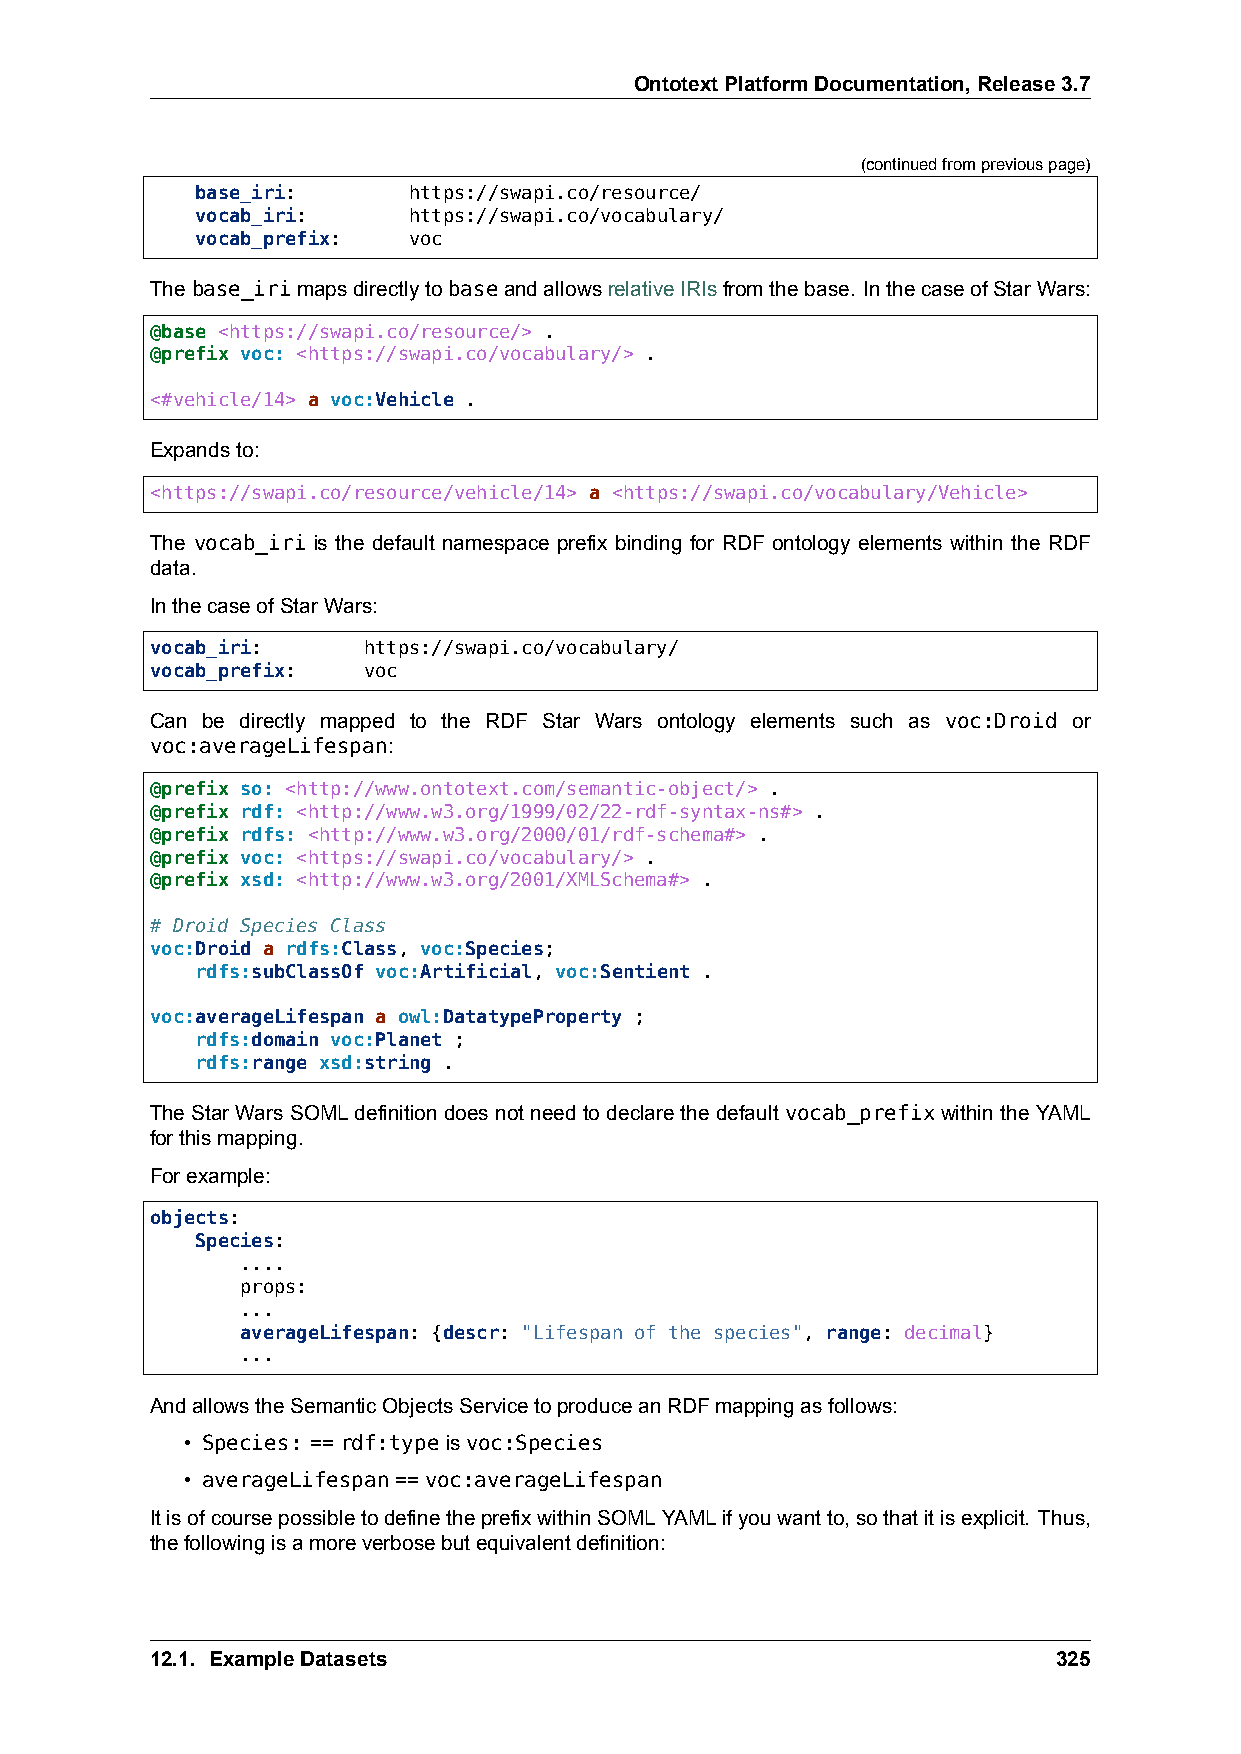
OntotextPlatformDocumentation,Release3.7
 (continuedfrompreviouspage)
 base_iri:     https://swapi.co/resource/
 vocab_iri:    https://swapi.co/vocabulary/
 vocab_prefix: voc
 Thebase_irimapsdirectlytobaseandallowsrelativeIRIsfromthebase. InthecaseofStarWars:
 @base <https://swapi.co/resource/> .
 @prefix voc: <https://swapi.co/vocabulary/> .
 <#vehicle/14> a voc:Vehicle .
 Expandsto:
 <https://swapi.co/resource/vehicle/14> a <https://swapi.co/vocabulary/Vehicle>
 The vocab_iri is the default namespace prefix binding for RDF ontology elements within the RDF
 data.
 InthecaseofStarWars:
 vocab_iri:    https://swapi.co/vocabulary/
 vocab_prefix: voc
 Can be directly mapped to the RDF Star Wars ontology elements such as voc:Droid or
 voc:averageLifespan:
 @prefix so: <http://www.ontotext.com/semantic-object/> .
 @prefix rdf: <http://www.w3.org/1999/02/22-rdf-syntax-ns#> .
 @prefix rdfs: <http://www.w3.org/2000/01/rdf-schema#> .
 @prefix voc: <https://swapi.co/vocabulary/> .
 @prefix xsd: <http://www.w3.org/2001/XMLSchema#> .
 # Droid Species Class
 voc:Droid a rdfs:Class, voc:Species;
 rdfs:subClassOf voc:Artificial, voc:Sentient .
 voc:averageLifespan a owl:DatatypeProperty ;
 rdfs:domain voc:Planet ;
 rdfs:range xsd:string .
 TheStarWarsSOMLdefinitiondoesnotneedtodeclarethedefault vocab_prefixwithintheYAML
 forthismapping.
 Forexample:
 objects:
 Species:
 ....
 props:
 ...
 averageLifespan: {descr: "Lifespan of the species", range: decimal}
 ...
 AndallowstheSemanticObjectsServicetoproduceanRDFmappingasfollows:
 • Species: ==rdf:typeisvoc:Species
 • averageLifespan==voc:averageLifespan
 ItisofcoursepossibletodefinetheprefixwithinSOMLYAMLifyouwantto,sothatitisexplicit. Thus,
 thefollowingisamoreverbosebutequivalentdefinition:
 12.1. ExampleDatasets                                       325